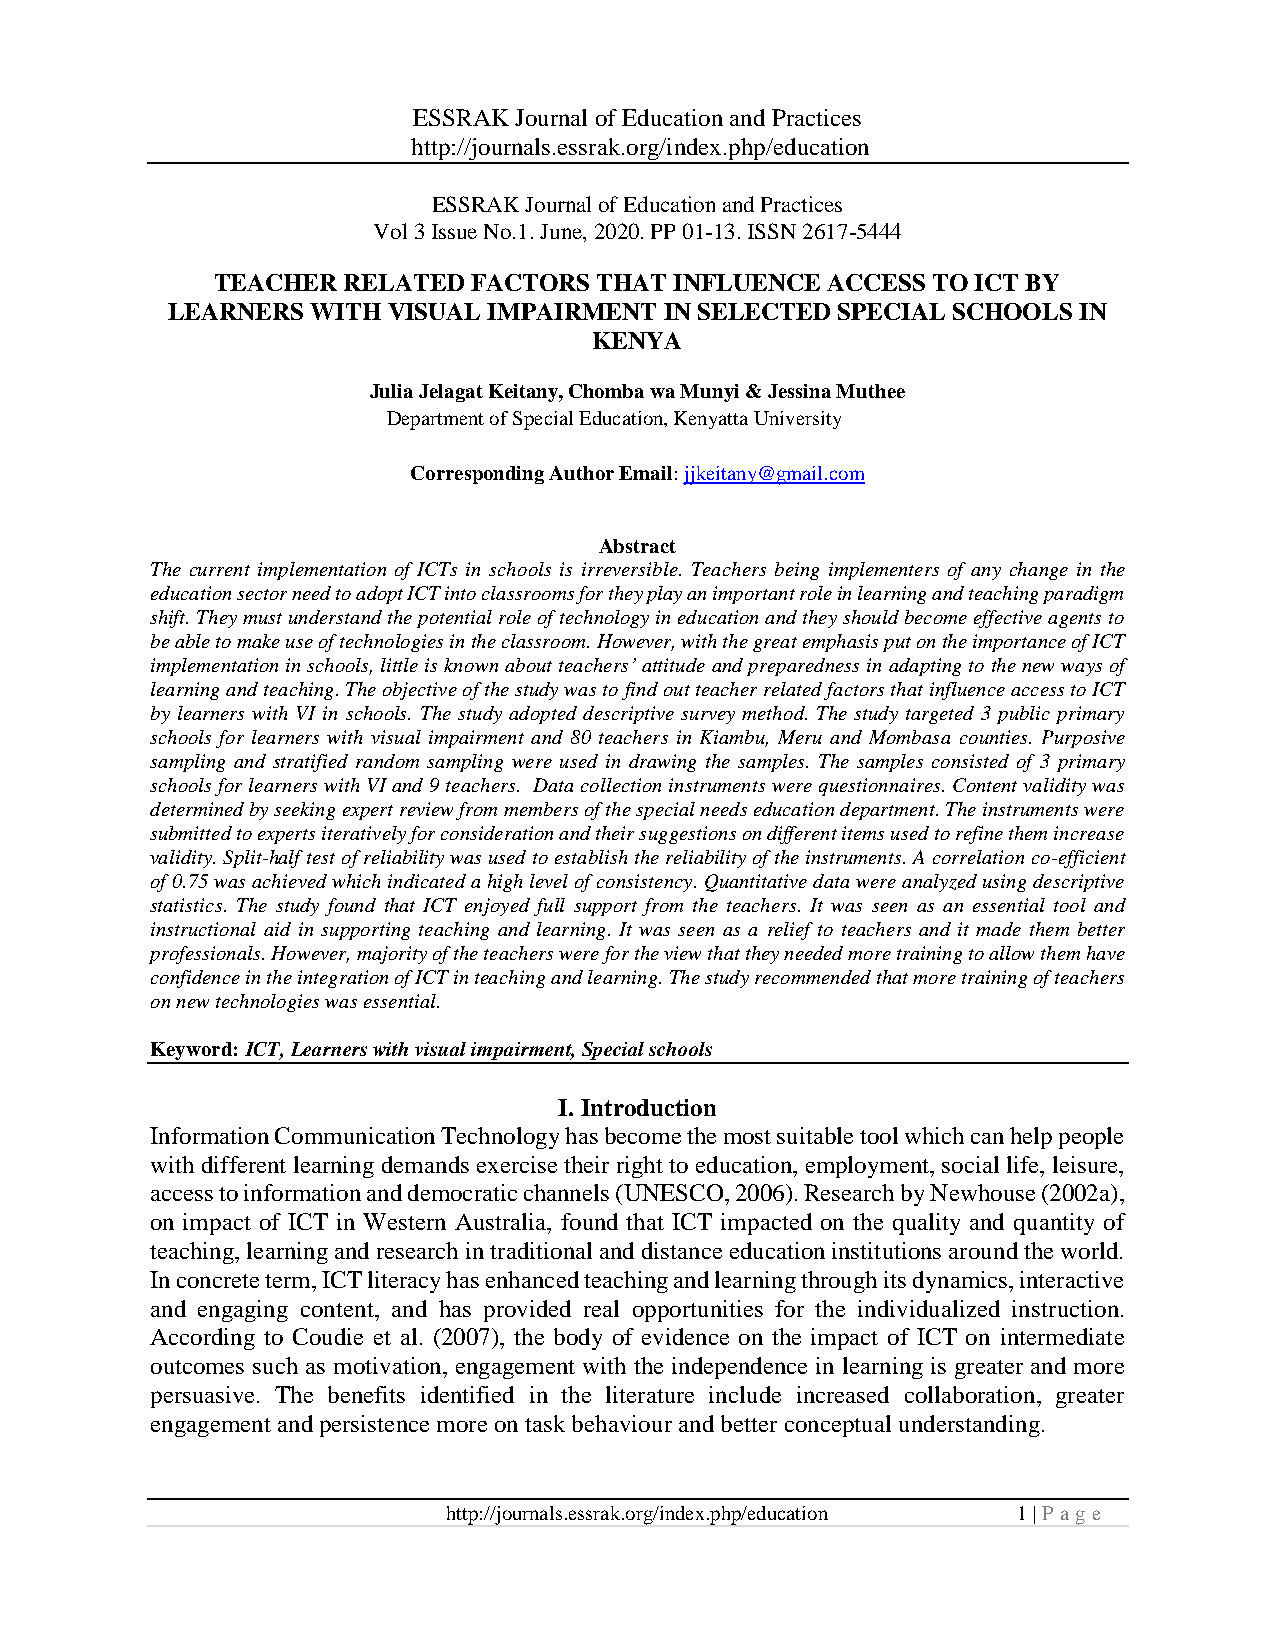
ESSRAK Journal of Education and Practices
 http://journals.essrak.org/index.php/education
 ESSRAK Journal of Education and Practices
 Vol 3 Issue No.1. June, 2020. PP 01-13. ISSN 2617-5444
 TEACHER  RELATED FACTORS  THAT INFLUENCE ACCESS TO ICT BY
 LEARNERS  WITH VISUAL IMPAIRMENT IN SELECTED SPECIAL SCHOOLS IN
 KENYA
 Julia Jelagat Keitany, Chomba wa Munyi & Jessina Muthee
 Department of Special Education, Kenyatta University
 Corresponding Author Email: jjkeitany@gmail.com
 Abstract
 The current implementation of ICTs in schools is irreversible. Teachers being implementers of any change in the
 education sector need to adopt ICT into classrooms for they play an important role in learning and teaching paradigm
 shift. They must understand the potential role of technology in education and they should become effective agents to
 be able to make use of technologies in the classroom. However, with the great emphasis put on the importance of ICT
 implementation in schools, little is known about teachers’ attitude and preparedness in adapting to the new ways of
 learning and teaching. The objective of the study was to find out teacher related factors that influence access to ICT
 by learners with VI in schools. The study adopted descriptive survey method. The study targeted 3 public primary
 schools for learners with visual impairment and 80 teachers in Kiambu, Meru and Mombasa counties. Purposive
 sampling and stratified random sampling were used in drawing the samples. The samples consisted of 3 primary
 schools for learners with VI and 9 teachers. Data collection instruments were questionnaires. Content validity was
 determined by seeking expert review from members of the special needs education department. The instruments were
 submitted to experts iteratively for consideration and their suggestions on different items used to refine them increase
 validity. Split-half test of reliability was used to establish the reliability of the instruments. A correlation co-efficient
 of 0.75 was achieved which indicated a high level of consistency. Quantitative data were analyzed using descriptive
 statistics. The study found that ICT enjoyed full support from the teachers. It was seen as an essential tool and
 instructional aid in supporting teaching and learning. It was seen as a relief to teachers and it made them better
 professionals. However, majority of the teachers were for the view that they needed more training to allow them have
 confidence in the integration of ICT in teaching and learning. The study recommended that more training of teachers
 on new technologies was essential.
 Keyword: ICT, Learners with visual impairment, Special schools
 I. Introduction
 Information Communication Technology has become the most suitable tool which can help people
 with different learning demands exercise their right to education, employment, social life, leisure,
 access to information and democratic channels (UNESCO, 2006). Research by Newhouse (2002a),
 on impact of ICT in Western Australia, found that ICT impacted on the quality and quantity of
 teaching, learning and research in traditional and distance education institutions around the world.
 In concrete term, ICT literacy has enhanced teaching and learning through its dynamics, interactive
 and engaging content, and has provided real opportunities for the individualized instruction.
 According to Coudie et al. (2007), the body of evidence on the impact of ICT on intermediate
 outcomes such as motivation, engagement with the independence in learning is greater and more
 persuasive. The benefits identified in the literature include increased collaboration, greater
 engagement and persistence more on task behaviour and better conceptual understanding.
 http://journals.essrak.org/index.php/education 1 | P a ge